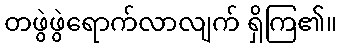
တဖွဲဖွဲရောက်လာလျက် ရှိကြ၏။